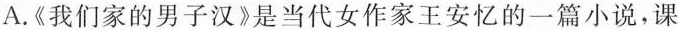
A.《我们家的男子汉》是当代女作家王安忆的一篇小说，课